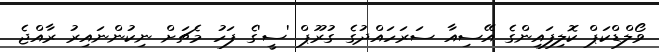
ވޯލްޑްކަޕް ކޮލިފައިންގެ އޭސިއާ ސަރަހައްދުގެ ގުރޫޕް 'ސީ'ގެ ފަހު މެޗަށް ނިކުންނައިރު ރާއްޖެ